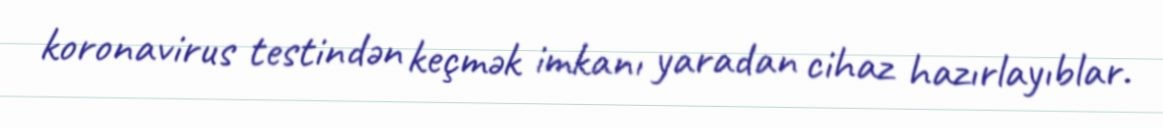
koronavirus testindən keçmək imkanı yaradan cihaz hazırlayıblar.